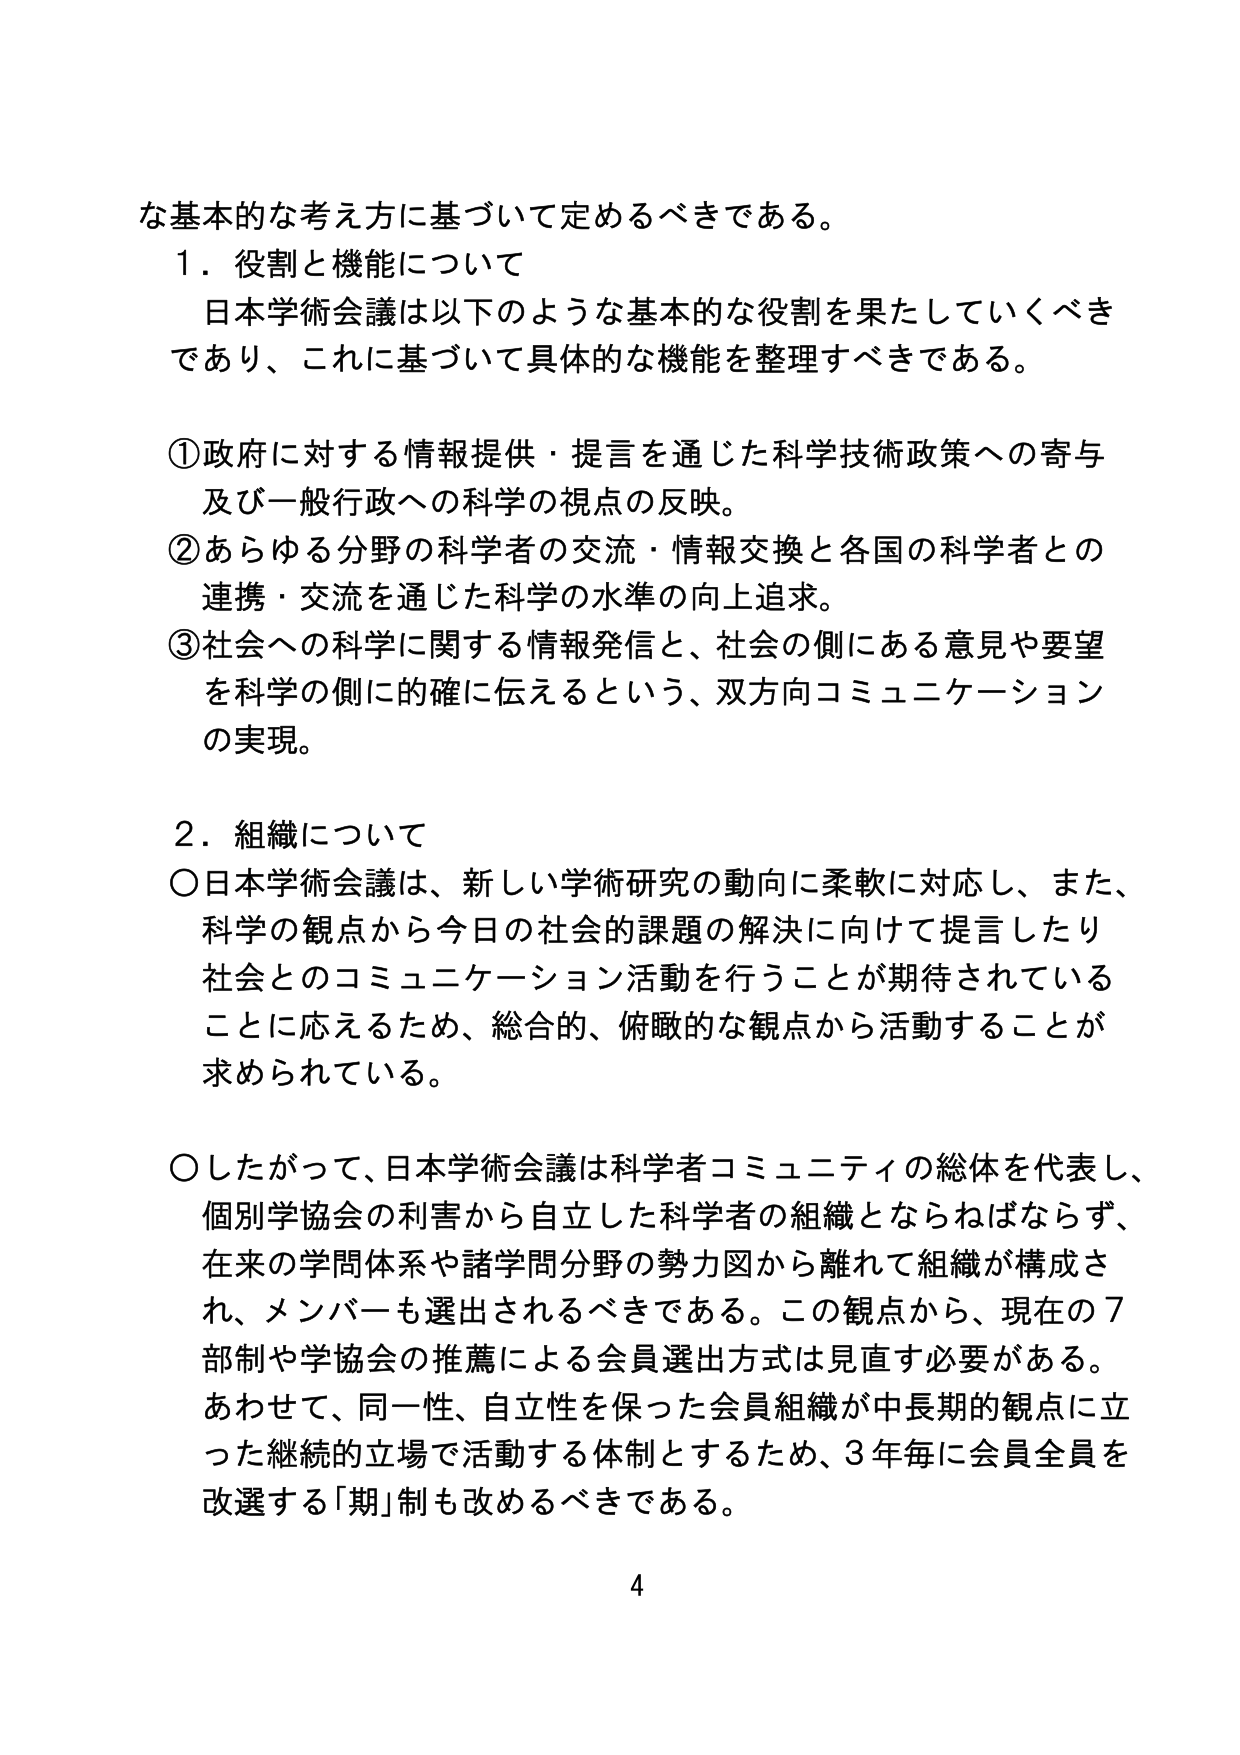
な基本的な考え方に基づいて定めるべきである。

１．役割と機能について
日本学術会議は以下のような基本的な役割を果たしていくべきであり、これに基づいて具体的な機能を整理すべきである。

①政府に対する情報提供・提言を通じた科学技術政策への寄与及び一般行政への科学の視点の反映。
②あらゆる分野の科学者の交流・情報交換と各国の科学者との連携・交流を通じた科学の水準の向上追求。
③社会への科学に関する情報発信と、社会の側にある意見や要望を科学の側に的確に伝えるという、双方向コミュニケーションの実現。

２．組織について
○日本学術会議は、新しい学術研究の動向に柔軟に対応し、また、科学の観点から今日の社会的課題の解決に向けて提言したり社会とのコミュニケーション活動を行うことが期待されていることに応えるため、総合的、俯瞰的な観点から活動することが求められている。

○したがって、日本学術会議は科学者コミュニティの総体を代表し、個別学協会の利害から自立した科学者の組織とならねばならず、在来の学問体系や諸学問分野の勢力図から離れて組織が構成され、メンバーも選出されるべきである。この観点から、現在の７部制や学協会の推薦による会員選出方式は見直す必要がある。あわせて、同一性、自立性を保った会員組織が中長期的観点に立った継続的立場で活動する体制とするため、３年毎に会員全員を改選する「期」制も改めるべきである。

4